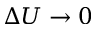
\Delta U \to 0